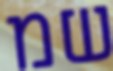
שמ